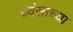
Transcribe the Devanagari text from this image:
ध्वंसाच्या